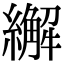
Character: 繲